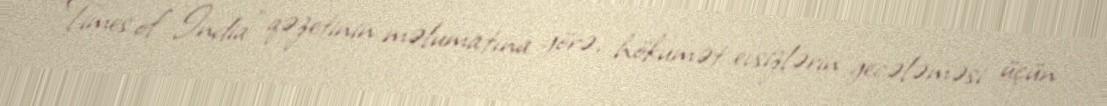
“Times of India” qəzetinin məlumatına görə, hökumət evsizlərin gecələməsi üçün